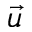
\overrightarrow { u }